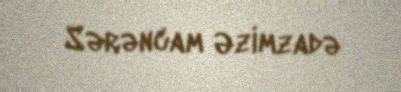
Sərəncam Əzimzadə